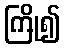
ကြို၍